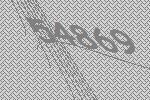
54869